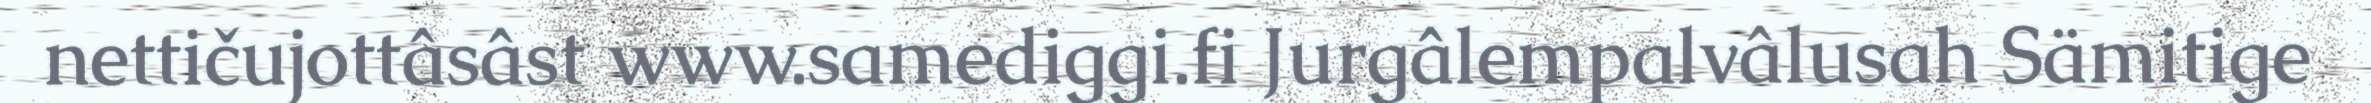
nettičujottâsâst www.samediggi.fi Jurgâlempalvâlusah Sämitige